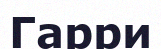
Гарри